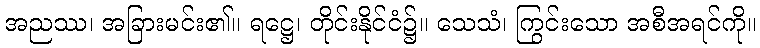
အညဿ၊ အခြားမင်း၏။ ရဋ္ဌေ၊ တိုင်းနိုင်ငံ၌။ သေသံ၊ ကြွင်းသော အစီအရင်ကို။